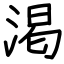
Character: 渇